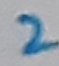
Text: 2